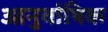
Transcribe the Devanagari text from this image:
आनुवांषिक